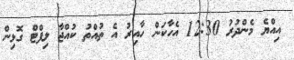
އިއްޔެ މެންދުރު 12:30 އެހާކަން ހާއިރު އެ ތުއްތު ކުއްޖާ ލިފްޓް ގޮޅިން